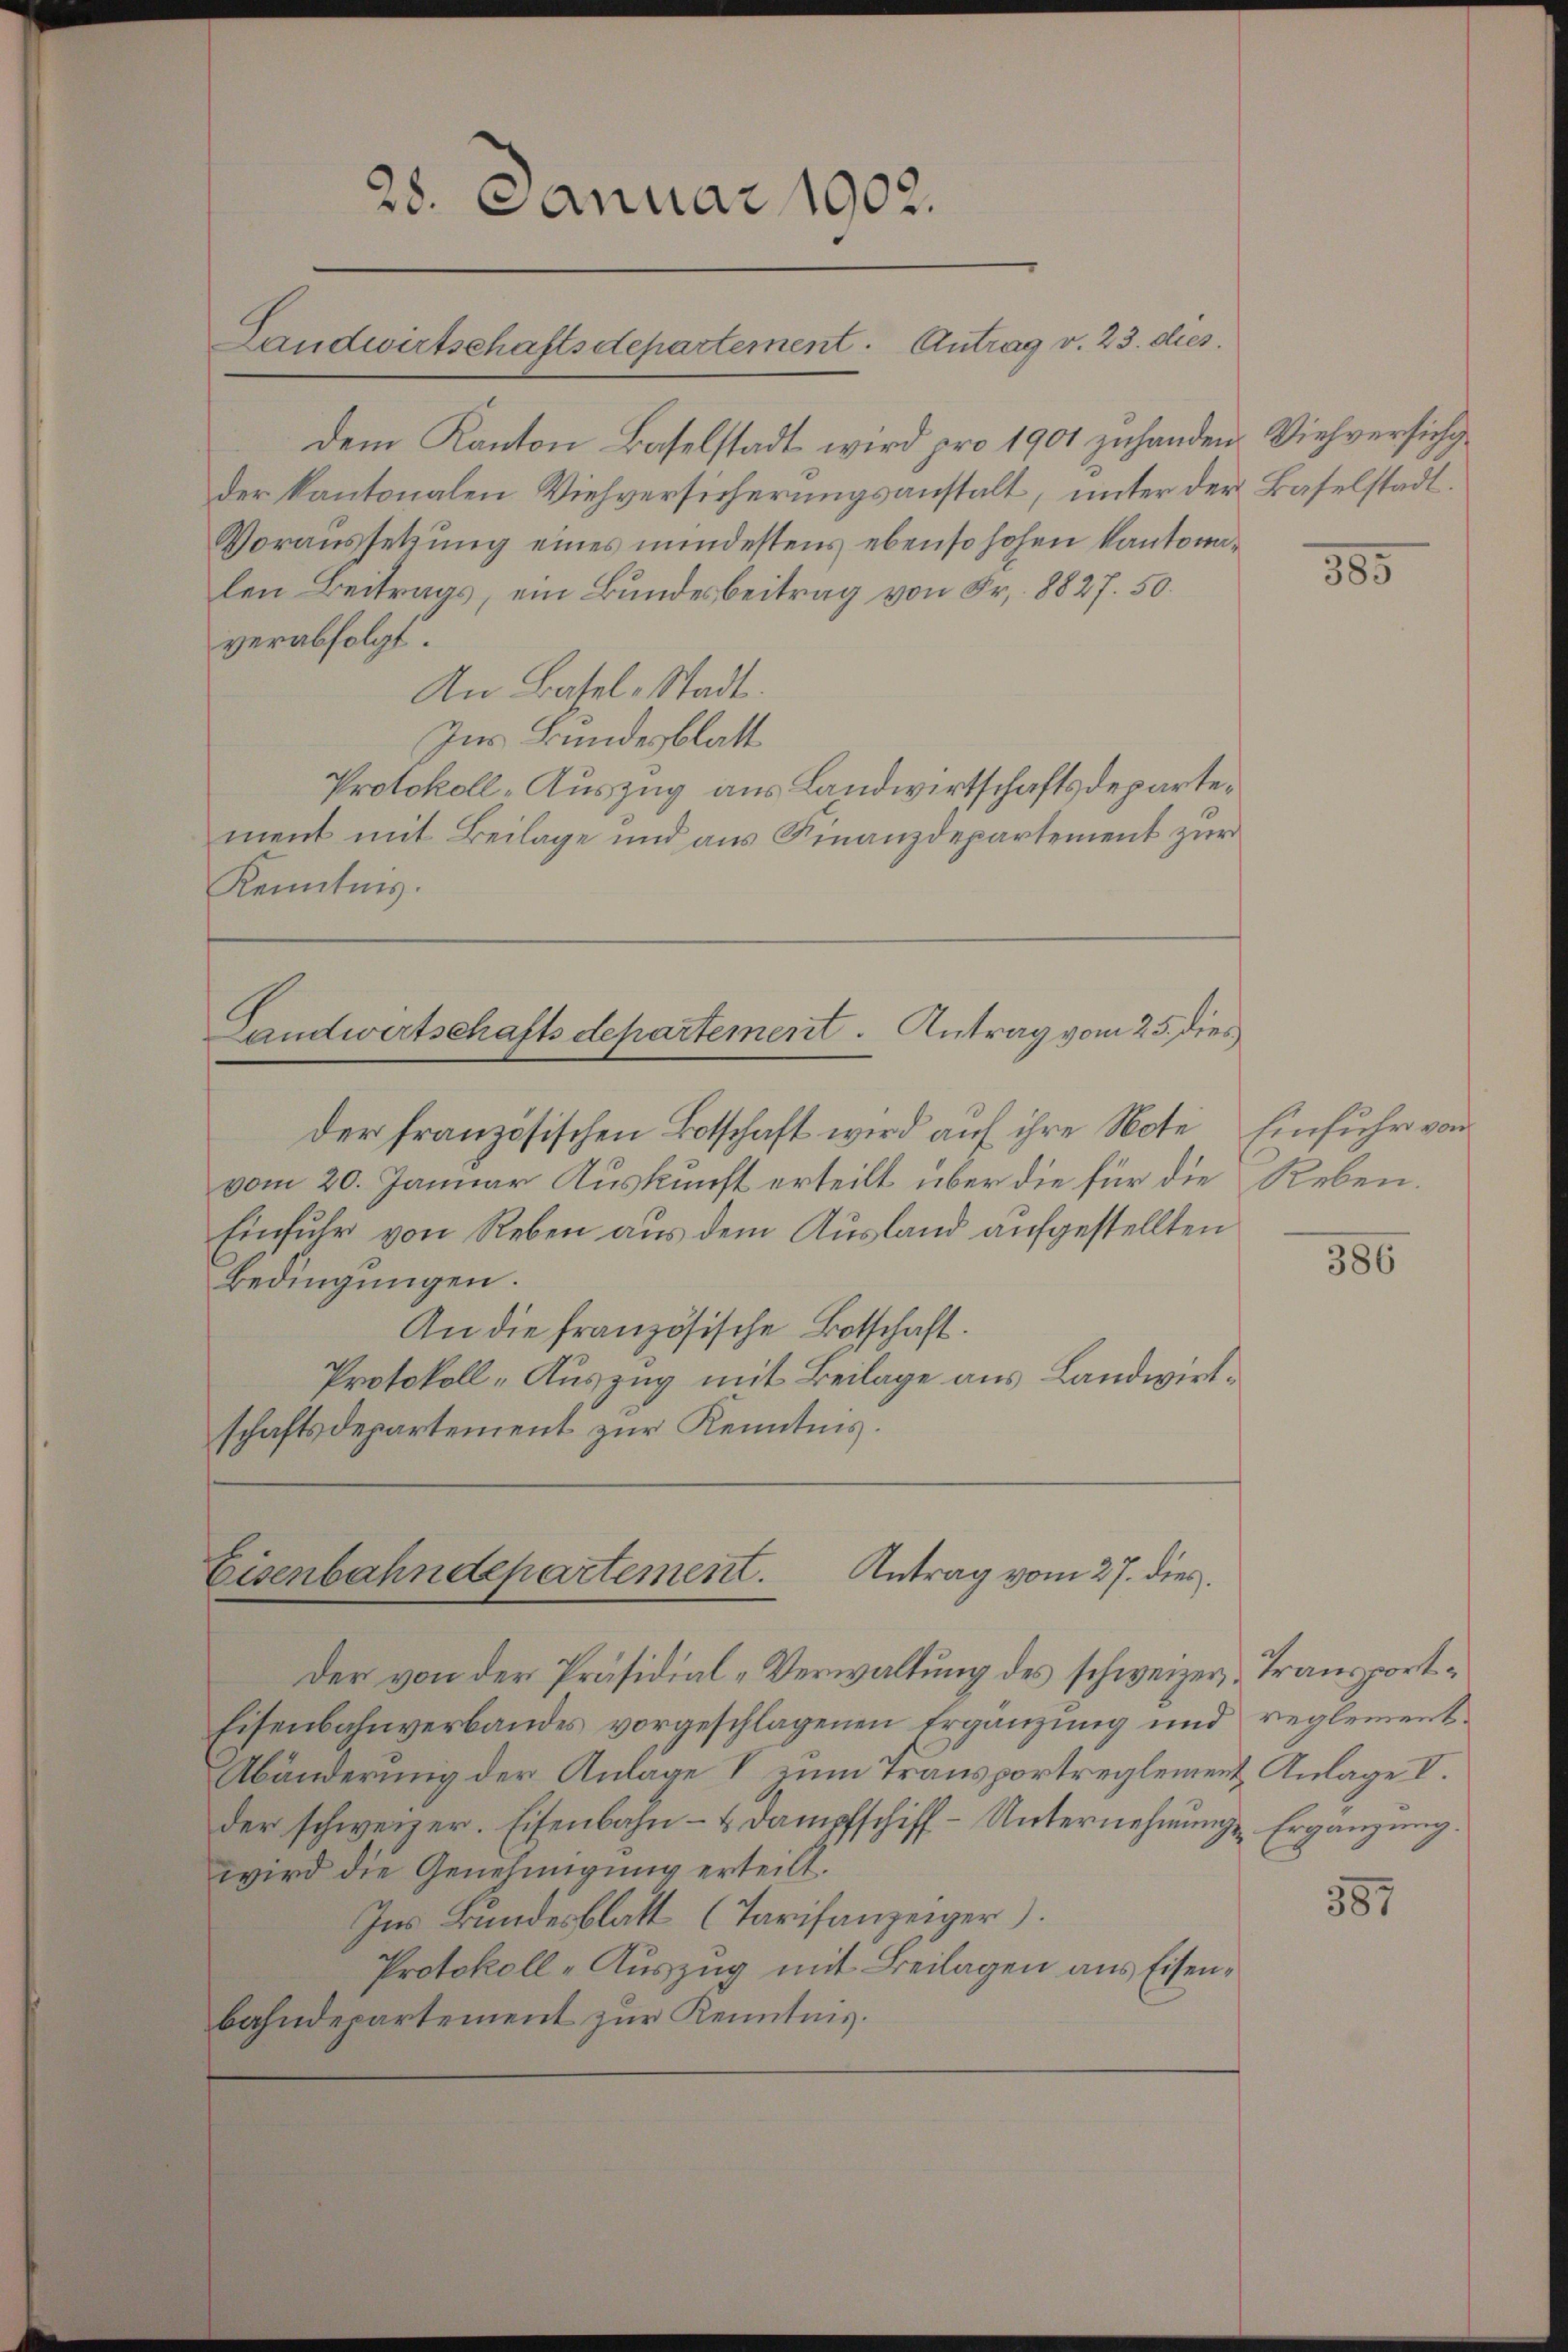
dem Kanton Baselstadt wird pro 1901 zuhanden. Viehversicht
der kantonalen Viehversicherungsanstalt, unter der Baselstadt.
Voraussetzung eines mindestens ebenso hohen Kantonalen Beitrags, ein Bundesbeitrag von Fr. 8827. 50.
verabfolgt.
An Basel-Stadt.
Ins Bundesblatt
Protokoll-Auszug aus Landwirtschaftsdepartement mit Beilage und aus Finanzdepartement zur
Kenntnis.

Landwirtschaftsdepartement. Antrag vom 25. dies

28. Januar 1902.
Landwirtschaftsdepartement. Antrag v. 23. dies

der französischen Botschaft wird auf ihre Note Einfuhr von
vom 20. Januar Auskunft erteilt über die für die Reben.
Einfuhr von Reben aus dem Ausland aufgestellten
Bedingungen.
An die französische Botschaft.
Protokoll-Auszug mit Beilage aus Landwirtschaftsdepartement zur Kenntnis.

Antrag vom 27. dies
Eisenbahndepartement.
Der von der Präsidial-Verwaltung des schweizer-Transport¬

Eisenbahnverbandes vorgeschlagenen Ergänzung und reglement.
Abänderung der Anlage V zu Transportreglement Anlage V.
der schweizer. Eisenbahn- & Dampfschiff- Unternehmungs Ergänzung.
wird die Genehmigung erteilt.
Ins Bundesblatt (Tarifanzeiger).
Protokoll-Auszug mit Beilagen aus Eisenbahndepartement zur Kenntnis.

355

386

357